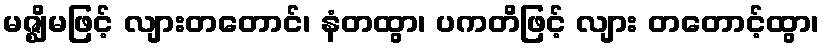
မဇ္ဈိမဖြင့် လျားတတောင်၊ နံတထွာ၊ ပကတိဖြင့် လျား တတောင့်ထွာ၊